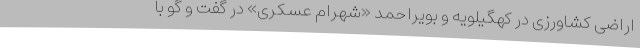
اراضی کشاورزی در کهگیلویه و بویراحمد «شهرام عسکری» در گفت و گو با